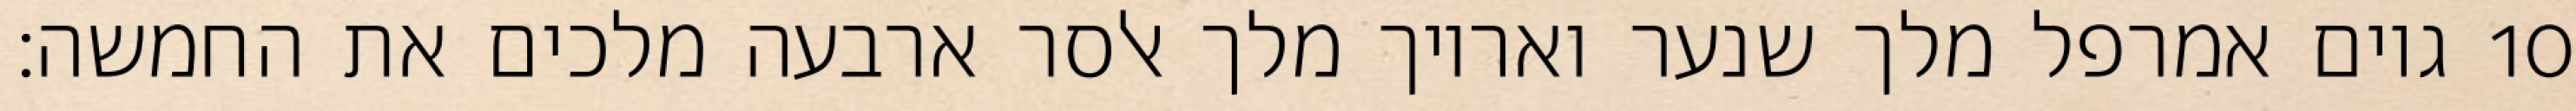
גוים אמרפל מלך שנער ואריוך מלך אלסר ארבעה מלכים את החמשה׃ ‎10‏